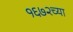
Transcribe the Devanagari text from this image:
१६७२च्या